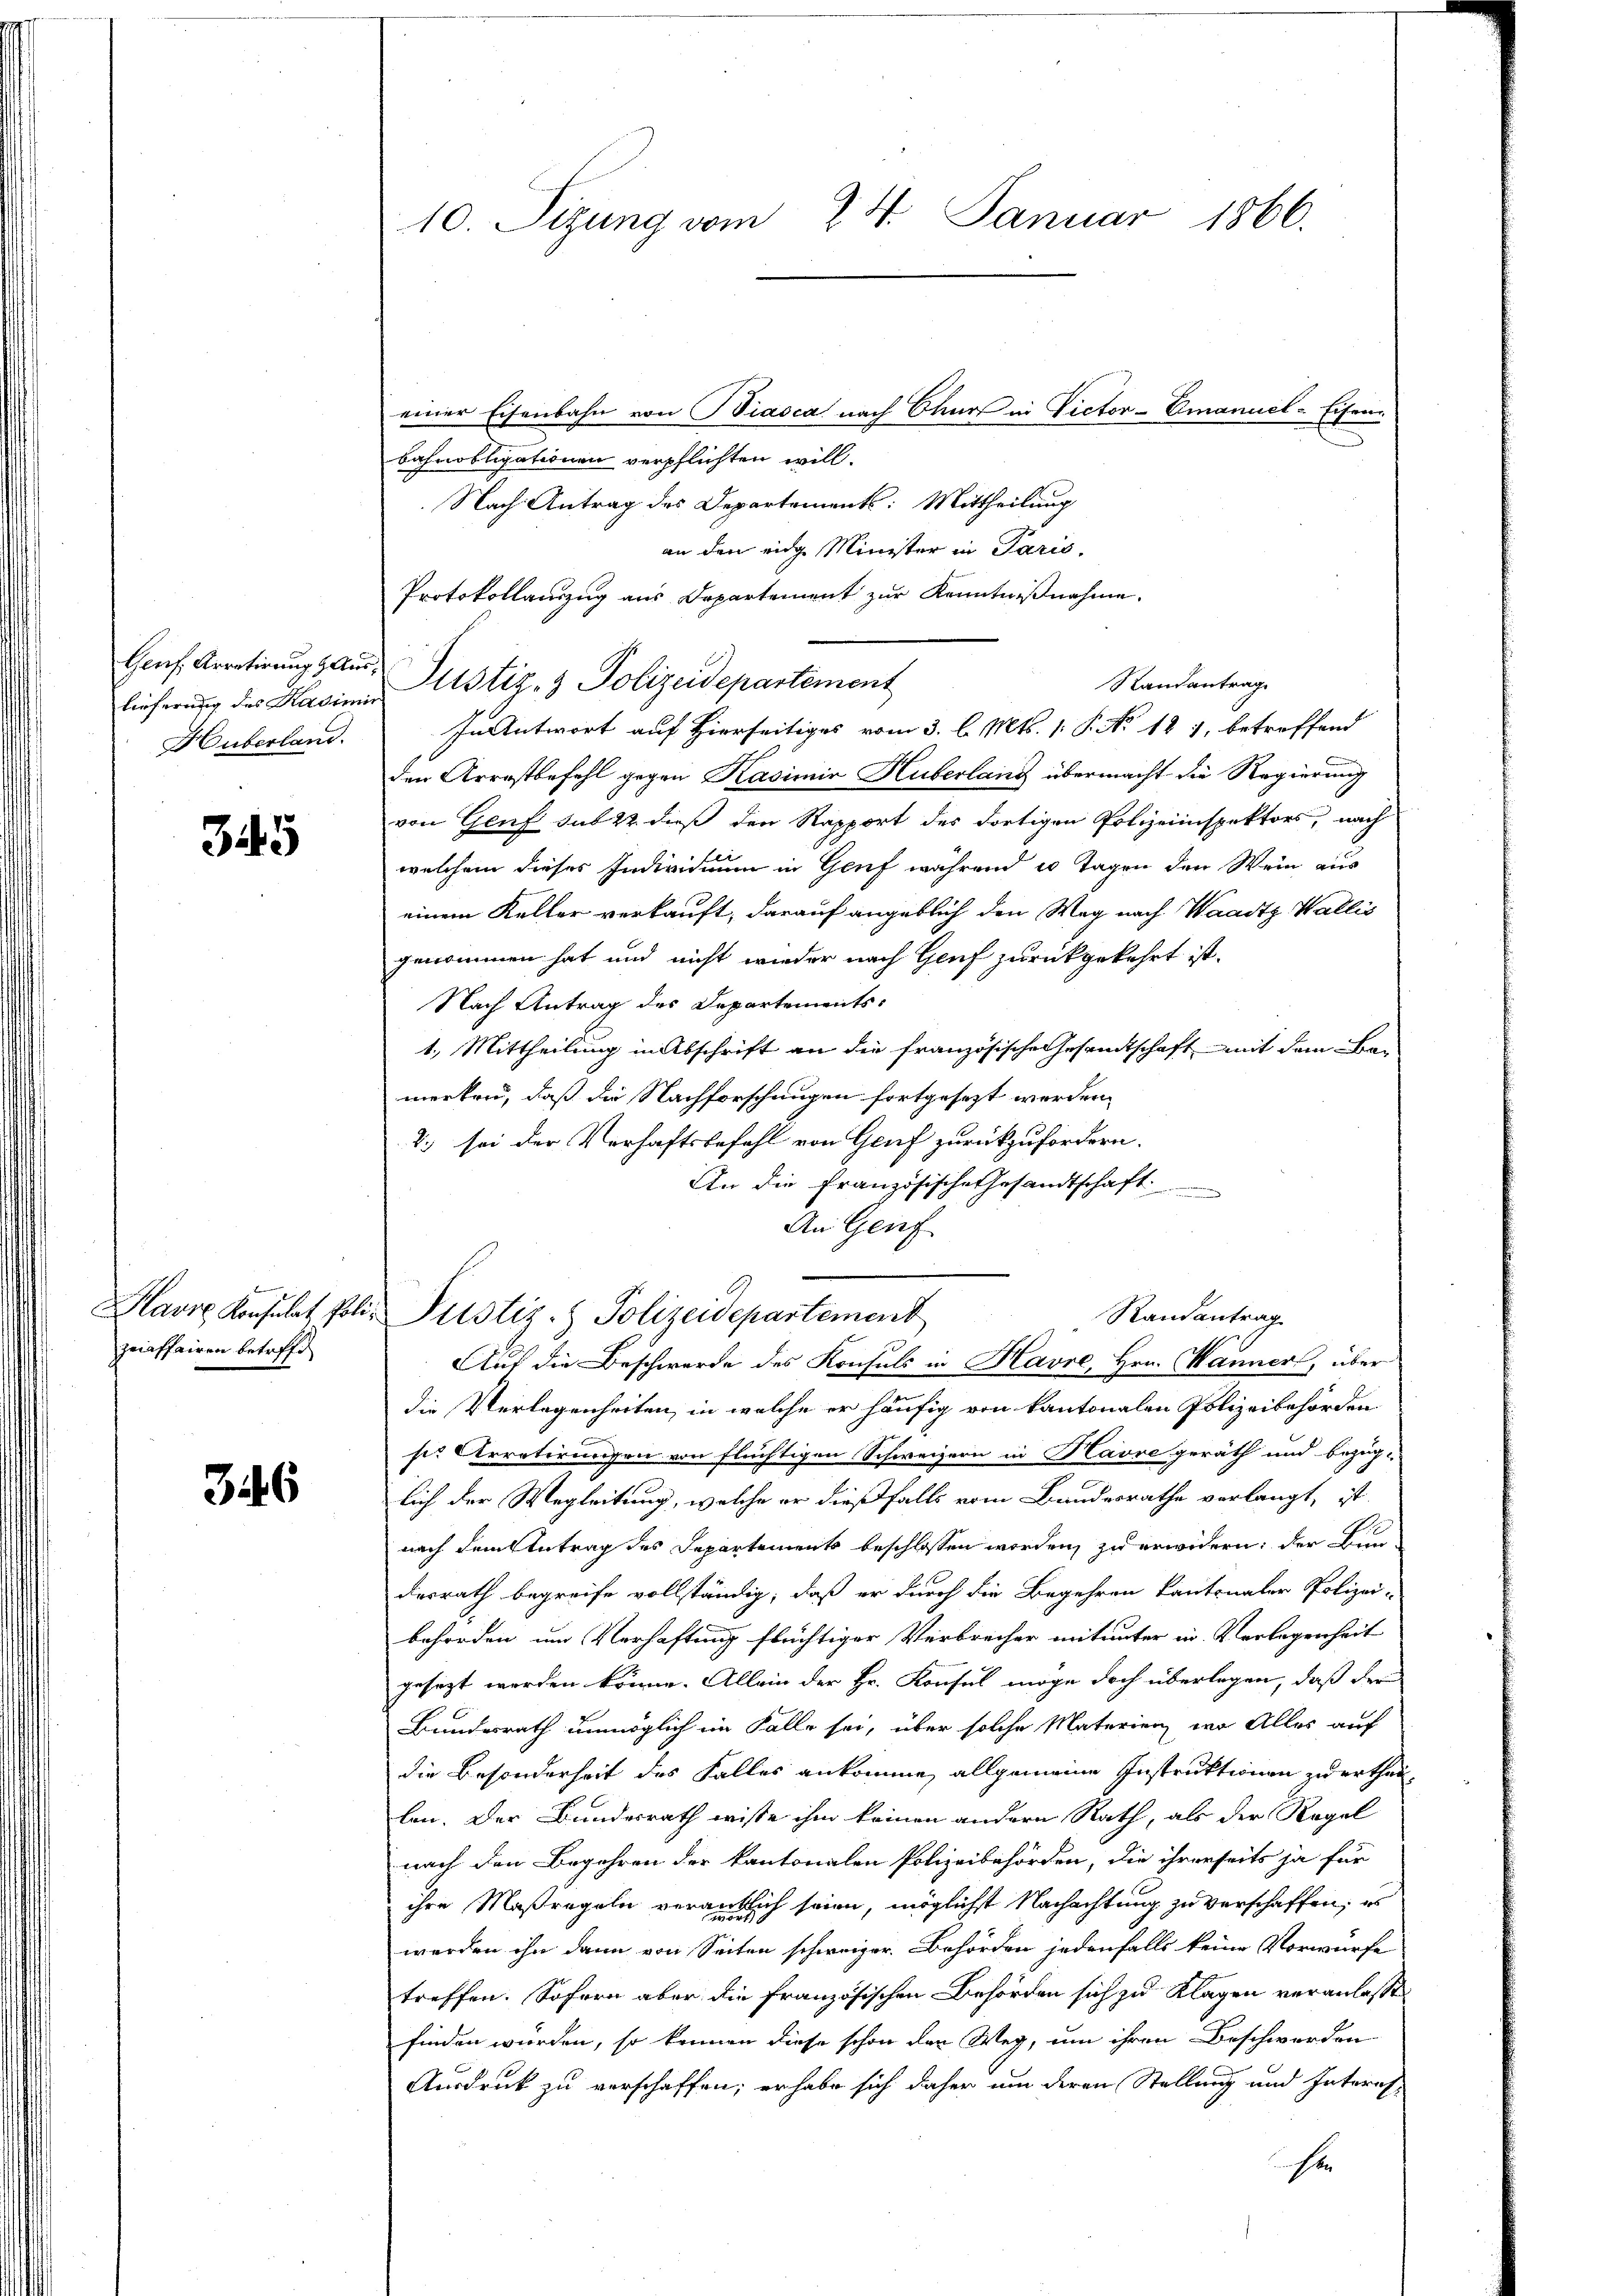
lieferung des Kasimir
Huberland.

345

graffairen betreffe

346

10. Sizung vom 24. Januar 1866.

bahnobligationen verpflichten will.
Nach Antrag des Departements: Mittheilung
an den eige Minister in Paris,
Protokollauszug aus Departement zur Kenntnißnahme.
Genf. Arretirung und Justiz- & Polizeidepartement
In Antwort auf Hierseitiges vom 3. l. Mts. 1. P. No 12 1, betreffend
den Arrestbefehl gegen Kasimir Huberlang übermacht die Regierung
von Genf sub 22 dieß den Rapport des dortigen Polizeiinspektors, nach
welchem dieses Individuum in Genf während 10 Tagen den Wein aus
einem Keller verkauft, darauf angeblich den Weg nach Waadt Wallis
genommen hat und nicht wieder nach Genf zurückgekehrt ist.
Nach Antrag des Departements-
1.) Mittheilung in Abschrift an die französische Gesandtschaft mit dem Bemerken, daß die Nachforschungen fortgesezt werden,
2.) sei der Verhaftsbefehl von Genf zurückzufordern.
An die Französische Gesandtschaft
An Geif
Havre Konsulat, Poli- Pustiz- & Polizeidepartement
Randantrag
Auf die Beschwerde des Konsuls in Havre, Hrn. Wanner, über
die Verlegenheiten, in welche er häufig von kantonalen Polizeibehörden
.
se Arretirungen von flüchtigen Schweizern in Havre geräth und bezüg-
lich der Wegleitung, welche er dießfalls vom Bandesrathe verlangt, ist
nach dem Antrag des Departements beschlossen worden, zu erwidern: der Bun
desrath begreife vollständig, daß er durch die Begehren kantonaler Polizei-
behörden um Verhaftung flüchtiger Verbrecher mitunter in Verlegenheit
gesezt werden könne. Allein der Hr. Konsul möge doch überlegen, daß der
Bundesrath unmöglich im Falle sei, über solche Materien, wo Alles auf
die Besonderheit des Falles ankomme allgemeine Instruktionen zu ertheillen. Der Bundesrath wisse ihm keinen andern Rath, als der Regel
nach den Begehren der kantonalen Polizeibehörden, die ihrerseits ja für
ihre Maßregeln verantlich seien, möglichst Nachachtung zu verschaffen, es
werden ihn dann von Seiten schweizer. Behörden jedenfalls keine Vorwürfe
treffen. Sofern aber die französischen Behörden sich zu Klagen veranlasst
finden wurden, so können diese schon den Weg, um ihren Beschwerden
Ausdruck zu verschaffen; er habe sich daher um deren Stellung und Interes
s

einer Eisenbahn von Biasca nach Churs in Victor-Emanuel-Eisen¬

Randantrag